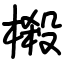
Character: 樧